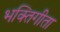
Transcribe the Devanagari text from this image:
भक्तिगीता